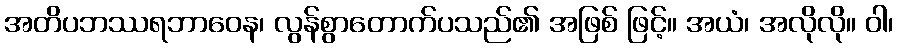
အတိပဘဿရဘာဝေန၊ လွန်စွာတောက်ပသည်၏ အဖြစ် ဖြင့်။ အယံ၊ အလိုလို။ ဝါ၊